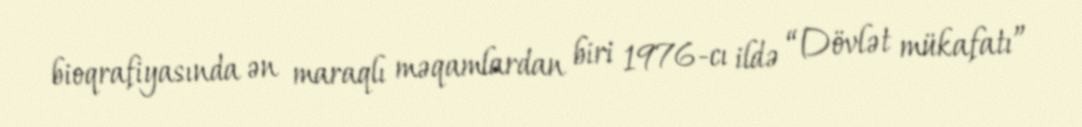
bioqrafiyasında ən maraqlı məqamlardan biri 1976-cı ildə “Dövlət mükafatı”